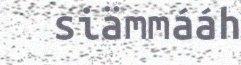
siämmááh